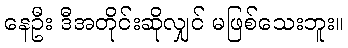
နေဦး ဒီအတိုင်းဆိုလျှင် မဖြစ်သေးဘူး။